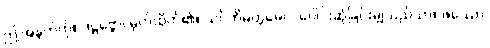
ဤအနက်ကို။ ဒဋ္ဌဗ္ဗော၊ မှတ်ထိုက်၏။ သင်္ဂတိမတ္တမေဝ၊ ပေါင်းဆုံခြင်းမျှသည်သာ။ ဖဿော၊